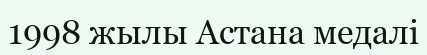
1998 жылы Астана медалі